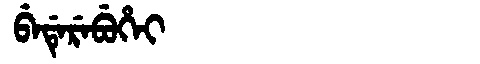
Manchu: ᠪᡝᡩᡝᡵᡝᠪᡠᡥᡝᡳ
Romanization: BEDEREBUHEI